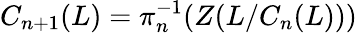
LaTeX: C_{n+1}(L)=\pi_{n}^{-1}(Z(L/C_{n}(L)))